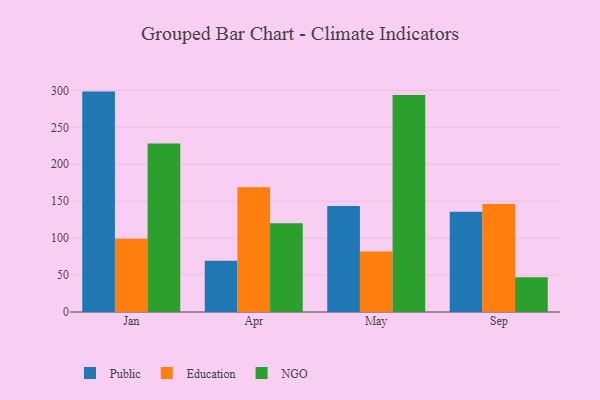
{"axis": {"x": "Month", "y": "Page Views"}, "legend": ["Education", "NGO", "Public"], "data": [{"x": "Jan", "y": 298.4, "type": "Public"}, {"x": "Jan", "y": 99.2, "type": "Education"}, {"x": "Jan", "y": 228.2, "type": "NGO"}, {"x": "Apr", "y": 69.4, "type": "Public"}, {"x": "Apr", "y": 168.9, "type": "Education"}, {"x": "Apr", "y": 120.2, "type": "NGO"}, {"x": "May", "y": 143.4, "type": "Public"}, {"x": "May", "y": 82.0, "type": "Education"}, {"x": "May", "y": 293.7, "type": "NGO"}, {"x": "Sep", "y": 135.6, "type": "Public"}, {"x": "Sep", "y": 146.3, "type": "Education"}, {"x": "Sep", "y": 46.9, "type": "NGO"}]}